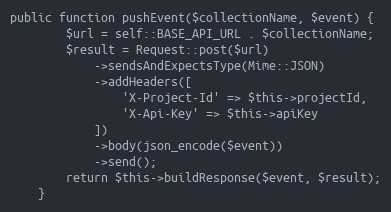
Language: PHP
public function pushEvent($collectionName, $event) {
        $url = self::BASE_API_URL . $collectionName;
        $result = Request::post($url)
            ->sendsAndExpectsType(Mime::JSON)
            ->addHeaders([
                'X-Project-Id' => $this->projectId,
                'X-Api-Key' => $this->apiKey
            ])
            ->body(json_encode($event))
            ->send();
        return $this->buildResponse($event, $result);
    }